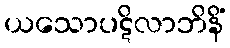
ယသောပဋိလာဘိနိံ